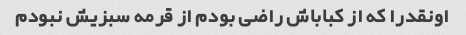
اونقدرا که از کباباش راضی بودم از قرمه سبزیش نبودم